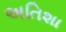
અતિશા